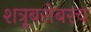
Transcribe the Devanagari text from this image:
शत्रूबरोबरच